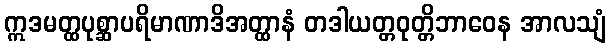
ဣဒမတ္ထပုစ္ဆာပရိမာဏာဒိအတ္ထာနံ တဒါယတ္တဝုတ္တိဘာဝေန အာလသျံ